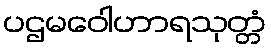
ပဌမဝေါဟာရသုတ္တံ